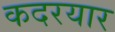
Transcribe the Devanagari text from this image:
कदरयार